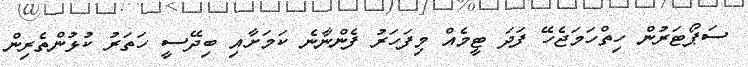
ސަޕޯޓަރުން ހިތްހަމަޖެހޭ ފަދަ ޓީމެއް މިފަހަރު ފެންނާނެ ކަމަށާއި ބިދޭސީ ހަތަރު ކުޅުންތެރިން